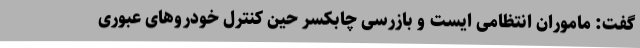
گفت: ماموران انتظامی ایست و بازرسی چابکسر حین کنترل خودروهای عبوری